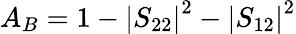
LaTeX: A_{B}=1-\left|S_{22}\right|^{2}-\left|S_{12}\right|^{2}